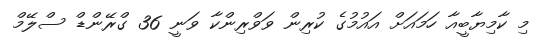
މި ކާމިޔާބީއާ ހަމައަށް އައުމުގެ ކުރިން ވަވްރިންކާ ވަނީ 36 ގްރޭންޑް ސްލޭމް